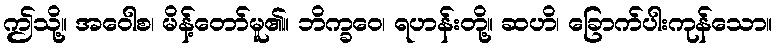
ဤသို့။ အဝေါစ၊ မိန့်တော်မူ၏။ ဘိက္ခဝေ၊ ရဟန်းတို့။ ဆဟိ၊ ခြောက်ပါးကုန်သော။